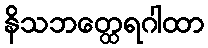
နိသဘတ္ထေရဂါထာ